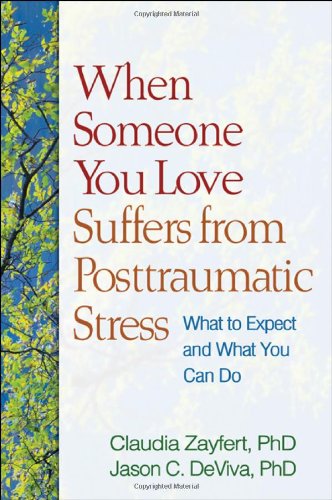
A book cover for When Someone You Love Suffers from Posttraumatic Stress: What to Expect and What You Can Do; Claudia Zayfert PhD; Health, Fitness & Dieting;